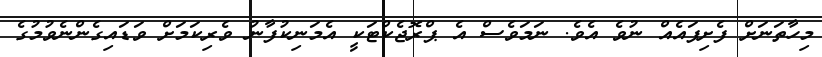
މިހާތަނަށް ފެށިފައެއް ނުވެ އެވެ. ނަމަވެސް އެ ޕްރޮޖެކްޓަކީ އެމަނިކުފާނު ވެރިކަމަށް ވަޑައިގެންނެވުމުގެ